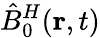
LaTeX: \hat{B}_{0}^{H}({\mathbf r},t)